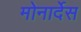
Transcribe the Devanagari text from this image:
मोनार्देस